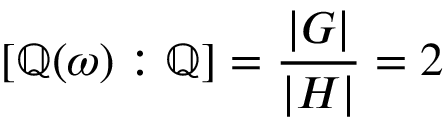
[ \mathbb { Q } ( \omega ) : \mathbb { Q } ] = { \frac { | G | } { | H | } } = 2